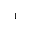
^ { 1 }